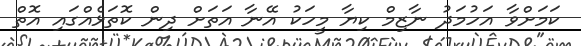
ކަމަށްވާ އަހުމަދު ނާޒިމް ކިޔާ މީހަކު އޭނާ އަތަށް ދިން ކޮތަޅެއްގައި އޮތް